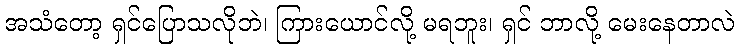
အသံတော့ ရှင်ပြောသလိုဘဲ၊ ကြားယောင်လို့ မရဘူး၊ ရှင် ဘာလို့ မေးနေတာလဲ